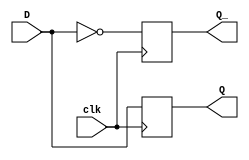
module d_flip_flop (
    input D,
    input clk,
    output reg Q,
    output reg Q_
);

always @(negedge clk) begin
    Q <= D;
    Q_ <= ~D;
end

endmodule